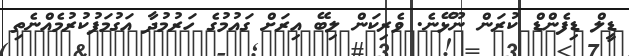
ޑީލް ޑިފެންޑް ކުރަން ނޫޅޭނެ. ވެރިކަން ލިބޭ އިރަށް ގައުމުގެ ހަރުމުދާ އަގުމަފުކުރުމެއްނެތި